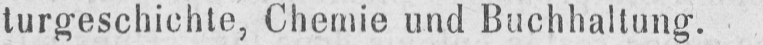
turgeschichte, Chemie und Buchhaltung.